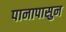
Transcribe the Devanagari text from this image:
पानापासुन